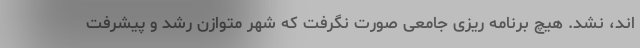
اند، نشد. هیچ برنامه ریزی جامعی صورت نگرفت که شهر متوازن رشد و پیشرفت